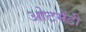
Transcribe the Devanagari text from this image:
ओटमेंडी